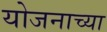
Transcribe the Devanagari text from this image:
योजनाच्या